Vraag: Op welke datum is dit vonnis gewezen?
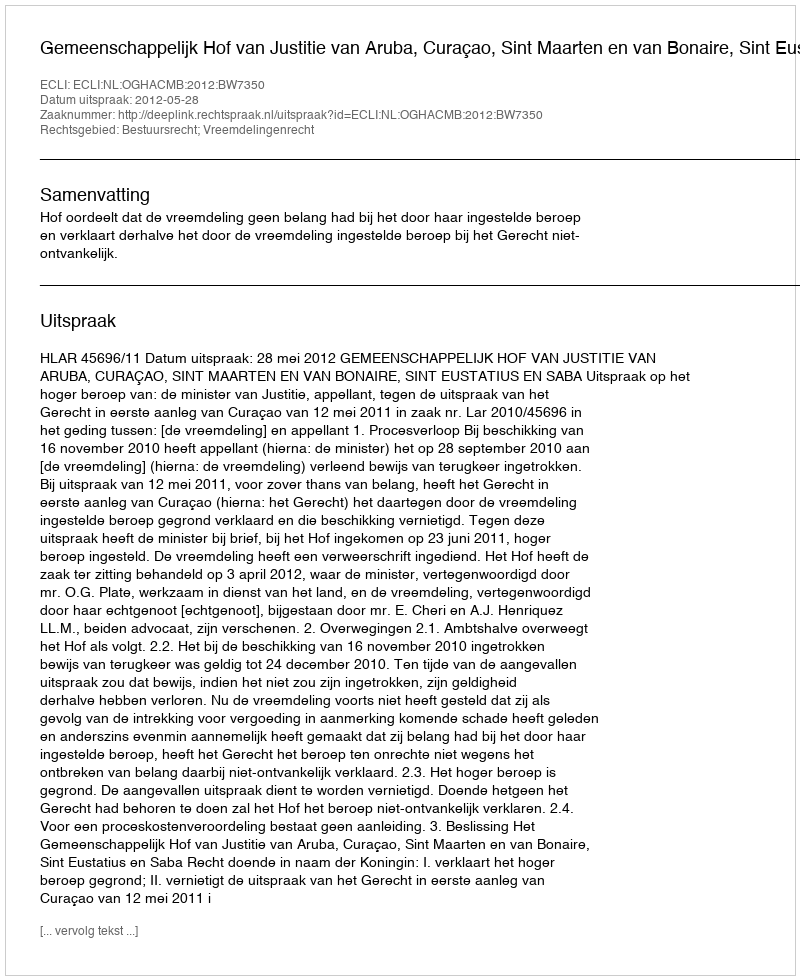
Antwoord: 2012-05-28